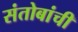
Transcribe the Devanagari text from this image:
संतोबांची